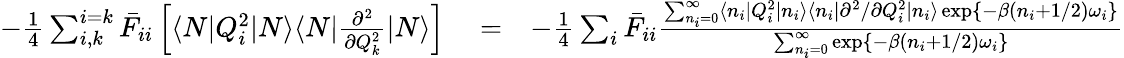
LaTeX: \begin{array}{rlr}{-\frac{1}{4}\sum_{i,k}^{i=k}\bar{F}_{ii}\left[\langle N|Q_{i}^{2}|N\rangle\langle N|\frac{\partial^{2}}{\partial Q_{k}^{2}}|N\rangle\right]}&{{}=}&{-\frac{1}{4}\sum_{i}^{}\bar{F}_{ii}\frac{\sum_{n_{i}=0}^{\infty}\langle n_{i}|Q_{i}^{2}|n_{i}\rangle\langle n_{i}|{\partial^{2}}/{\partial Q_{i}^{2}}|n_{i}\rangle\exp\{ -\beta(n_{i}+1/2)\omega_{i}\} }{\sum_{n_{i}=0}^{\infty}\exp\{ -\beta(n_{i}+1/2)\omega_{i}\} }}\end{array}